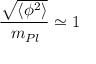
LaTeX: \frac { \sqrt { \langle \phi ^ { 2 } \rangle } } { \, m _ { P l } } \simeq 1